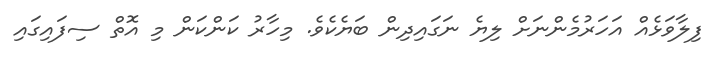
ފިލާވަޅެއް އަހަރުމެންނަށް ލިޔެ ނަގައިދިން ބަޔެކެވެ. މިހާރު ކަންކަން މި އޮތް ސިފައިގައި